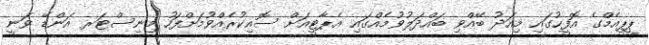
ޕީޕީއެމްގެ އޮފީހުގައި މިއަދު ބޭއްވި ބައްދަލުވުމެއްގައި އެޕާޓީއަށް ސޮއިކުރެއްވުމަށްފަހު މިނިސްޓަރ އަންޑޭ ވަނީ